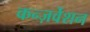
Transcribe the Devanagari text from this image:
कन्ज़र्वेशन